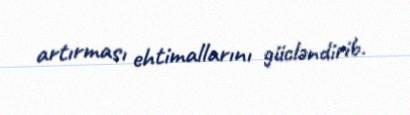
artırması ehtimallarını gücləndirib.